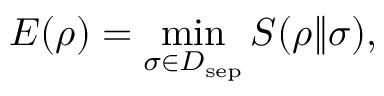
E ( \rho ) = \operatorname* { m i n } _ { \sigma \in D _ { \mathrm { s e p } } } S ( \rho \| \sigma ) ,